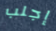
إجلب